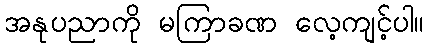
အနုပညာကို မကြာခဏ လေ့ကျင့်ပါ။